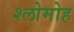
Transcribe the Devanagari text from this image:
श्लोमोह